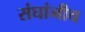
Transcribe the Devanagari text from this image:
संघांनीच